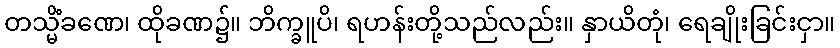
တသ္မိံခဏေ၊ ထိုခဏ၌။ ဘိက္ခူပိ၊ ရဟန်းတို့သည်လည်း။ နှာယိတုံ၊ ရေချိုးခြင်းငှာ။